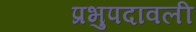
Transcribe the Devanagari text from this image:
प्रभुपदावली